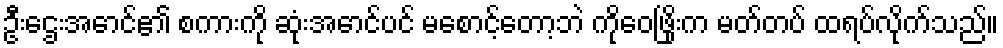
ဦးဌေးအောင်၏ စကားကို ဆုံးအောင်ပင် မစောင့်တော့ဘဲ ကိုဝေဖြိုးက မတ်တပ် ထရပ်လိုက်သည်။